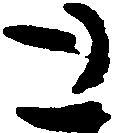
と